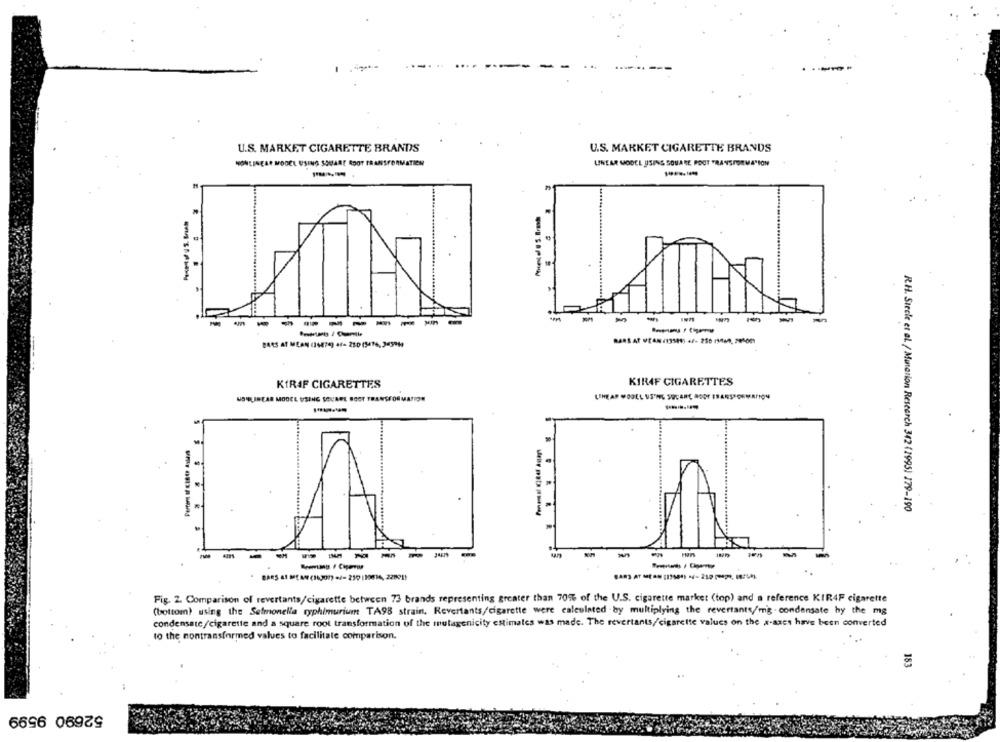
U.S. MARKET CIGARETTE BRANDS
U.S. MARKET CIGARETTE BRANDS
NONLINEAR MODEL USING SQUARE ROOT TRANSFORMATION
LINEAR MODEL USING SQUARE FOOT TRANSFORMATION
---
-
--
------
BARS AT VEAN (13541) +/- 250 1130, 201001
BARS AT MEAN (14474) +/- 25-0 (5494, 345914
KIRAF CIGARETTES
KIR4F CIGARETTES
USHLINEAR MODEL USING SOUARE BOOT TRANSFORMATION
R.H. Siecle et al. / Mutation Research 342 (1995) 179-190
------
Fig. 2. Comparison of revertants/cigarette between 73 brands representing greater than 70%% of the U.S. cigarette market (top) and a reference KIR4F cigarette
(bottom) using the Salmonella typhimurium TA98 strain, Revertants/cigarette were calculated by multiplying the revertants/mg- condensate hy the mg
condensate/cigarette and a square root transformation of the mutagenicity estimates was made. The revertants,/cigarette values on the x-azes have been converted
to the nontransformed values to facilitate comparison.
153
52690 9599